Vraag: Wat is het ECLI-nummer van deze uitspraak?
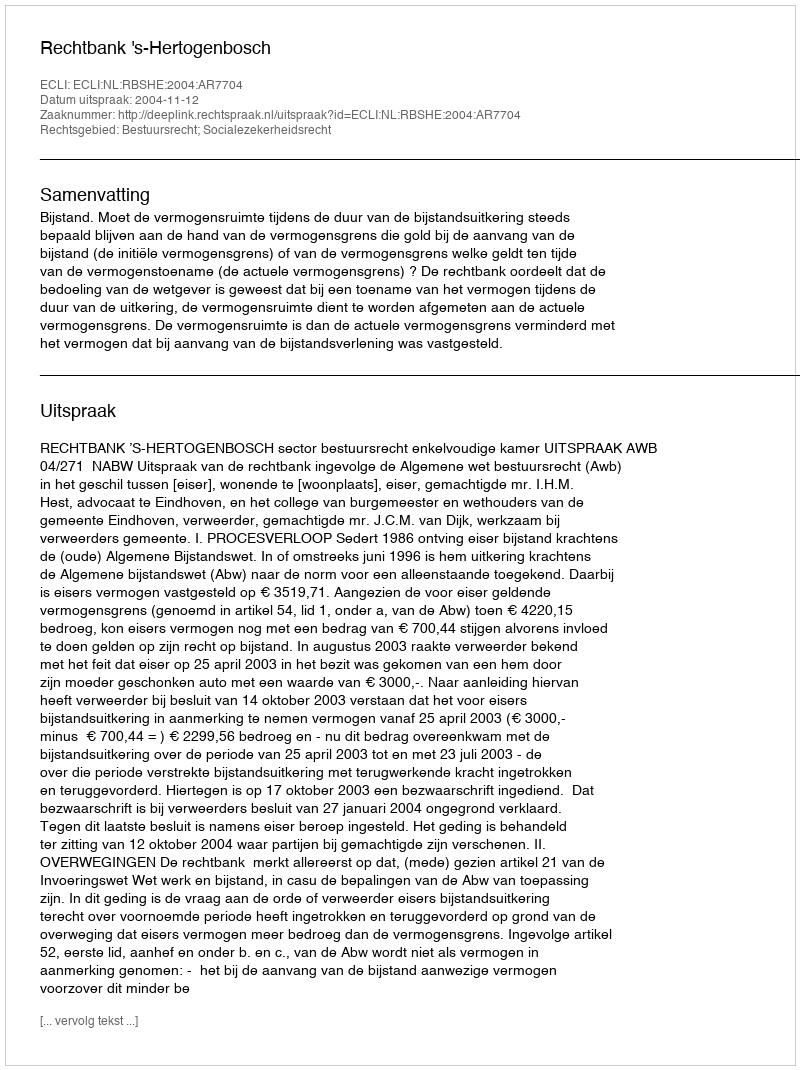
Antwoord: ECLI:NL:RBSHE:2004:AR7704